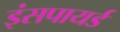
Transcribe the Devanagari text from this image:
इंसपायर्ड